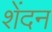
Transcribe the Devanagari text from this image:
शेंदन